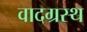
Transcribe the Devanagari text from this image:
वादग्रस्थ